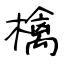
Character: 檎